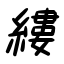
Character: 縷